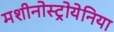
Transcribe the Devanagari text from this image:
मशीनोस्ट्रोयेनिया